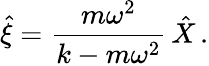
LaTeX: \hat{\xi}=\frac{m\omega^{2}}{k-m\omega^{2}}\, \hat{X}\, .